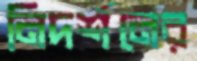
নিদর্শনের